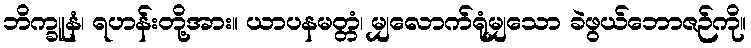
ဘိက္ခူနံ၊ ရဟန်းတို့အား။ ယာပနမတ္တံ၊ မျှလောက်ရုံမျှသော ခဲဖွယ်ဘောဇဉ်ကို။